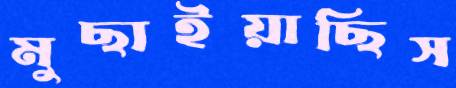
মুছাইয়াছিস